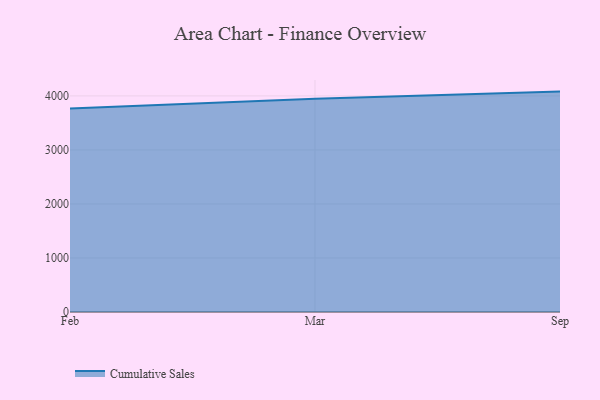
{"axis": {"x": "Month", "y": "Market Share (%)"}, "legend": ["Cumulative Sales"], "data": [{"x": "Feb", "y": 3768.5, "type": "Cumulative Sales"}, {"x": "Mar", "y": 3946.8, "type": "Cumulative Sales"}, {"x": "Sep", "y": 4079.3, "type": "Cumulative Sales"}]}